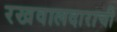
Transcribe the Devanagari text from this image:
रखवालदाराची